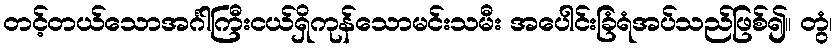
တင့်တယ်သောအင်္ဂါကြီးငယ်ရှိကုန်သောမင်းသမီး အပေါင်းခြံရံအပ်သည်ဖြစ်၍။ တွံ၊